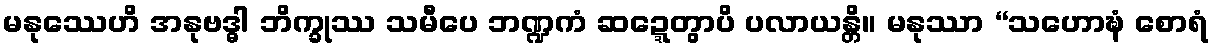
မနုဿေဟိ အနုဗဒ္ဓါ ဘိက္ခုဿ သမီပေ ဘဏ္ဍကံ ဆဍ္ဍေတွာပိ ပလာယန္တိ။ မနုဿာ “သဟောဍ္ဎံ စောရံ